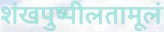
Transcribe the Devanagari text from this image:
शंखपुष्पीलतामूलं